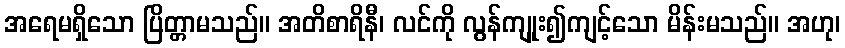
အရေမရှိသော ပြိတ္တာမသည်။ အတိစာရိနီ၊ လင်ကို လွန်ကျုူး၍ကျင့်သော မိန်းမသည်။ အဟု၊